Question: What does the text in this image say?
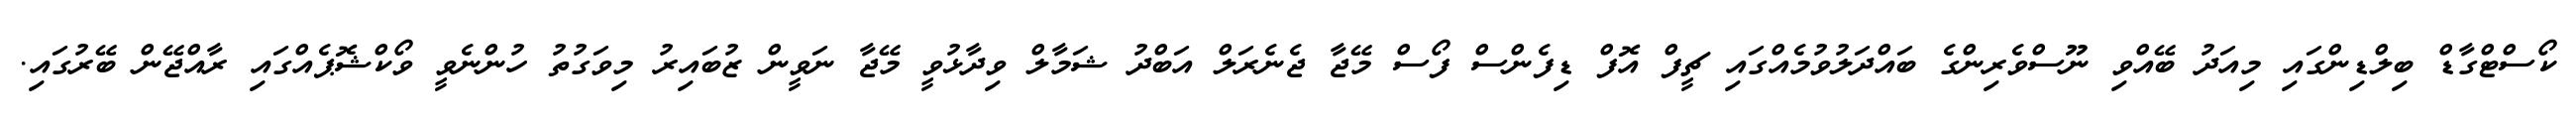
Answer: ކޯސްޓްގާޑް ބިލްޑިންގައި މިއަދު ބޭއްވި ނޫސްވެރިންގެ ބައްދަލުވުމެއްގައި ޗީފް އޮފް ޑިފެންސް ފޯސް މޭޖާ ޖެނެރަލް އަބްދު ޝަމާލް ވިދާޅުވީ މޭޖާ ނަވީން ޒުބައިރު މިވަގުތު ހުންނެވީ ވޯކްޝޮޕެއްގައި ރާއްޖޭން ބޭރުގައި.